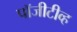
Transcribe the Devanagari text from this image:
पॉजीटीव्ह